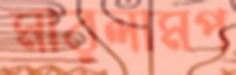
মারলামপ